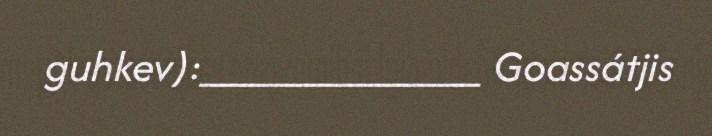
guhkev):____________ Goassátjis